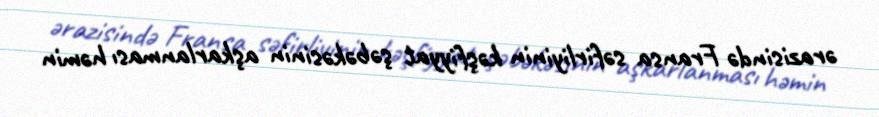
ərazisində Fransa səfirliyinin kəşfiyyat şəbəkəsinin aşkarlanması həmin